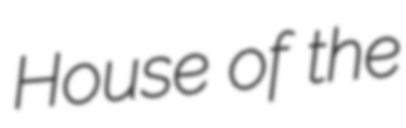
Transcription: House of the